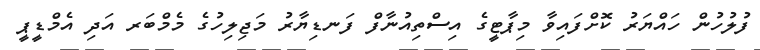
ފުލުހުން ހައްޔަރު ކޮށްފައިވާ މިޕާޓީގެ އިސްތިއުނާފް ފަނޑިޔާރު މަޖިލިހުގެ މެމްބަރ އަދި އެމްޑީޕީ